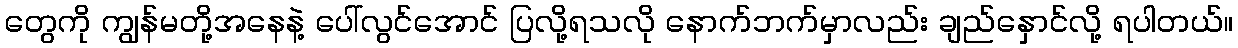
တွေကို ကျွန်မတို့အနေနဲ့ ပေါ်လွင်အောင် ပြလို့ရသလို နောက်ဘက်မှာလည်း ချည်နှောင်လို့ ရပါတယ်။